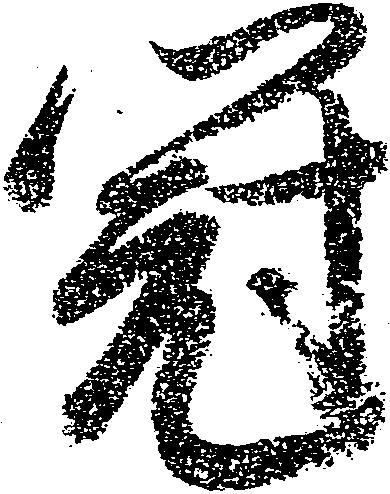
冠